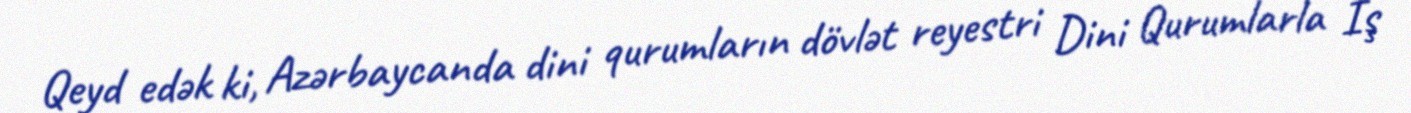
Qeyd edək ki, Azərbaycanda dini qurumların dövlət reyestri Dini Qurumlarla İş